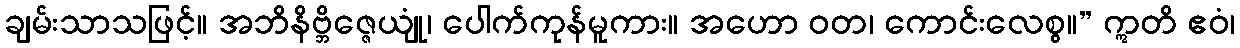
ချမ်းသာသဖြင့်။ အဘိနိဗ္ဘိဇ္ဇေယျုံ၊ ပေါက်ကုန်မူကား။ အဟော ဝတ၊ ကောင်းလေစွ။” ဣတိ ဧဝံ၊